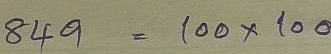
849 = 100 x 100